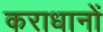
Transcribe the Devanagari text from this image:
कराधानों